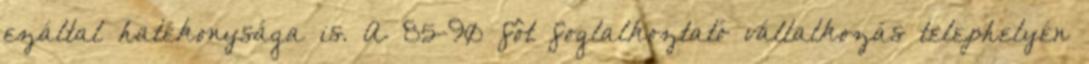
ezáltal hatékonysága is. A 85-90 fôt foglalkoztató vállalkozás telephelyén